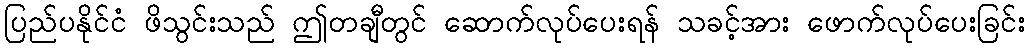
ပြည်ပနိုင်ငံ ဖိသွင်းသည် ဤတချီတွင် ဆောက်လုပ်ပေးရန် သခင့်အား ဖောက်လုပ်ပေးခြင်း